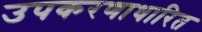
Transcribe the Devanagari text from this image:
उपकरणाधारित